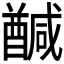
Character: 𮡂